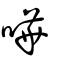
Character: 嘩